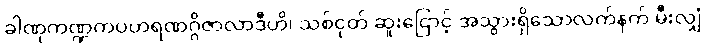
ခါဏုကဏ္ဍကပဟရဏဂ္ဂိဇာလာဒီဟိ၊ သစ်ငုတ် ဆူးငြောင့် အသွားရှိသောလက်နက် မီးလျှံ